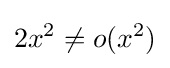
2x^{2}\neq o(x^{2})